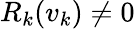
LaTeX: R_{k}(v_{k})\neq 0